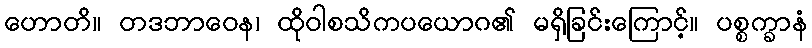
ဟောတိ။ တဒဘာဝေန၊ ထိုဝါစသိကပယောဂ၏ မရှိခြင်းကြောင့်။ ပစ္စက္ခာနံ